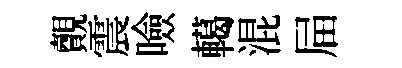
覿震噞轕混屇